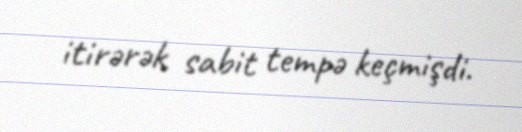
itirərək sabit tempə keçmişdi.